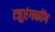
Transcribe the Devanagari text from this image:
त्जुरंगकोंग